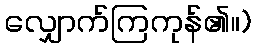
လျှောက်ကြကုန်၏။)